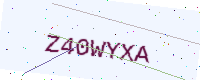
Text: Z40WYXA